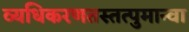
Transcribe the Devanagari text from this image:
व्यधिकरणतस्तत्पुमान्वा